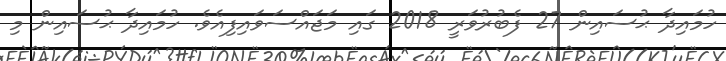
ހުމައިދާ ޙުސައިން 27 ފެބުރުވަރީ 2018 ގައި މަޖައްސަވައިފިއެވެ. ހުމައިދާ ޙުސައިން މި